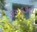
૩૦૬૭ની